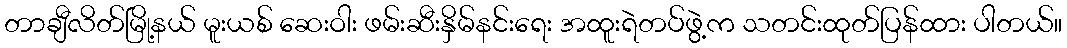
တာချီလိတ်မြို့နယ် မူးယစ် ဆေးဝါး ဖမ်းဆီးနှိမ်နင်းရေး အထူးရဲတပ်ဖွဲ့က သတင်းထုတ်ပြန်ထား ပါတယ်။